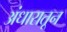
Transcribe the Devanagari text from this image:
अंधारातून